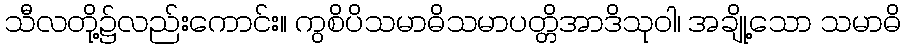
သီလတို့၌လည်းကောင်း။ ကွစိပိသမာဓိသမာပတ္တိအာဒိသုဝါ၊ အချို့သော သမာဓိ